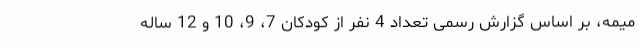
میمه، بر اساس گزارش رسمی تعداد 4 نفر از کودکان 7، 9، 10 و 12 ساله